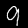
Digit: 9